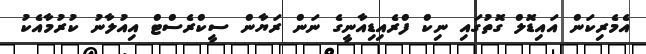
އެމެރިކަން އައިޑޮލް ގޮތުގައި ނިކް ފްރެއިޑިއާނީގެ ނަން ރަޔާން ސީކްރެސްޓް އިއުލާނު ކުރުމާއެކު